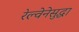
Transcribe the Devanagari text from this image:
रेल्वेनेसुद्धा